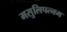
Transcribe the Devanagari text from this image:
मसुलिपत्नम